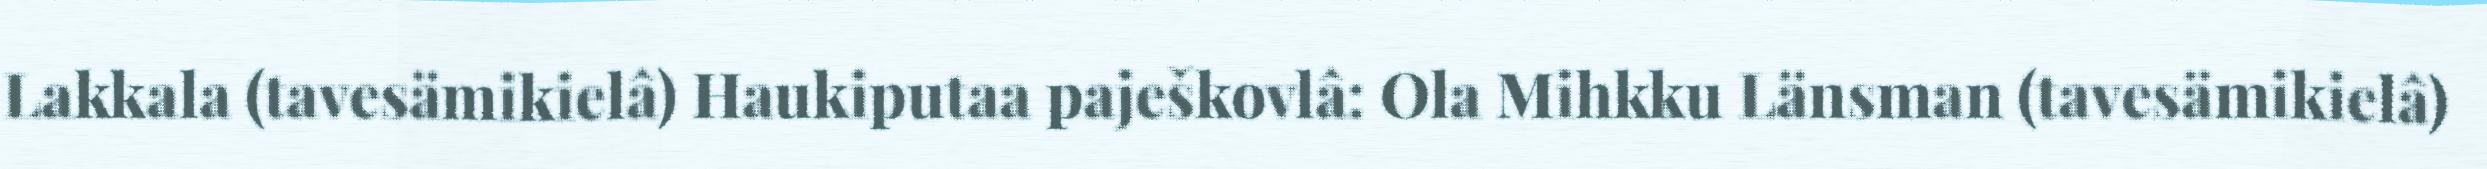
Lakkala (tavesämikielâ) Haukiputaa paješkovlâ: Ola Mihkku Länsman (tavesämikielâ)